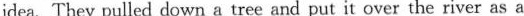
idea. They pulled down a tree and put it overthe river as a